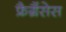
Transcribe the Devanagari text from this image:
फ्रैग्रैंसेस